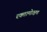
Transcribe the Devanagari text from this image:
रक्तामोक्षण